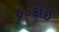
હડકાઈ